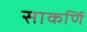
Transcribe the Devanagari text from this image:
साकर्णि